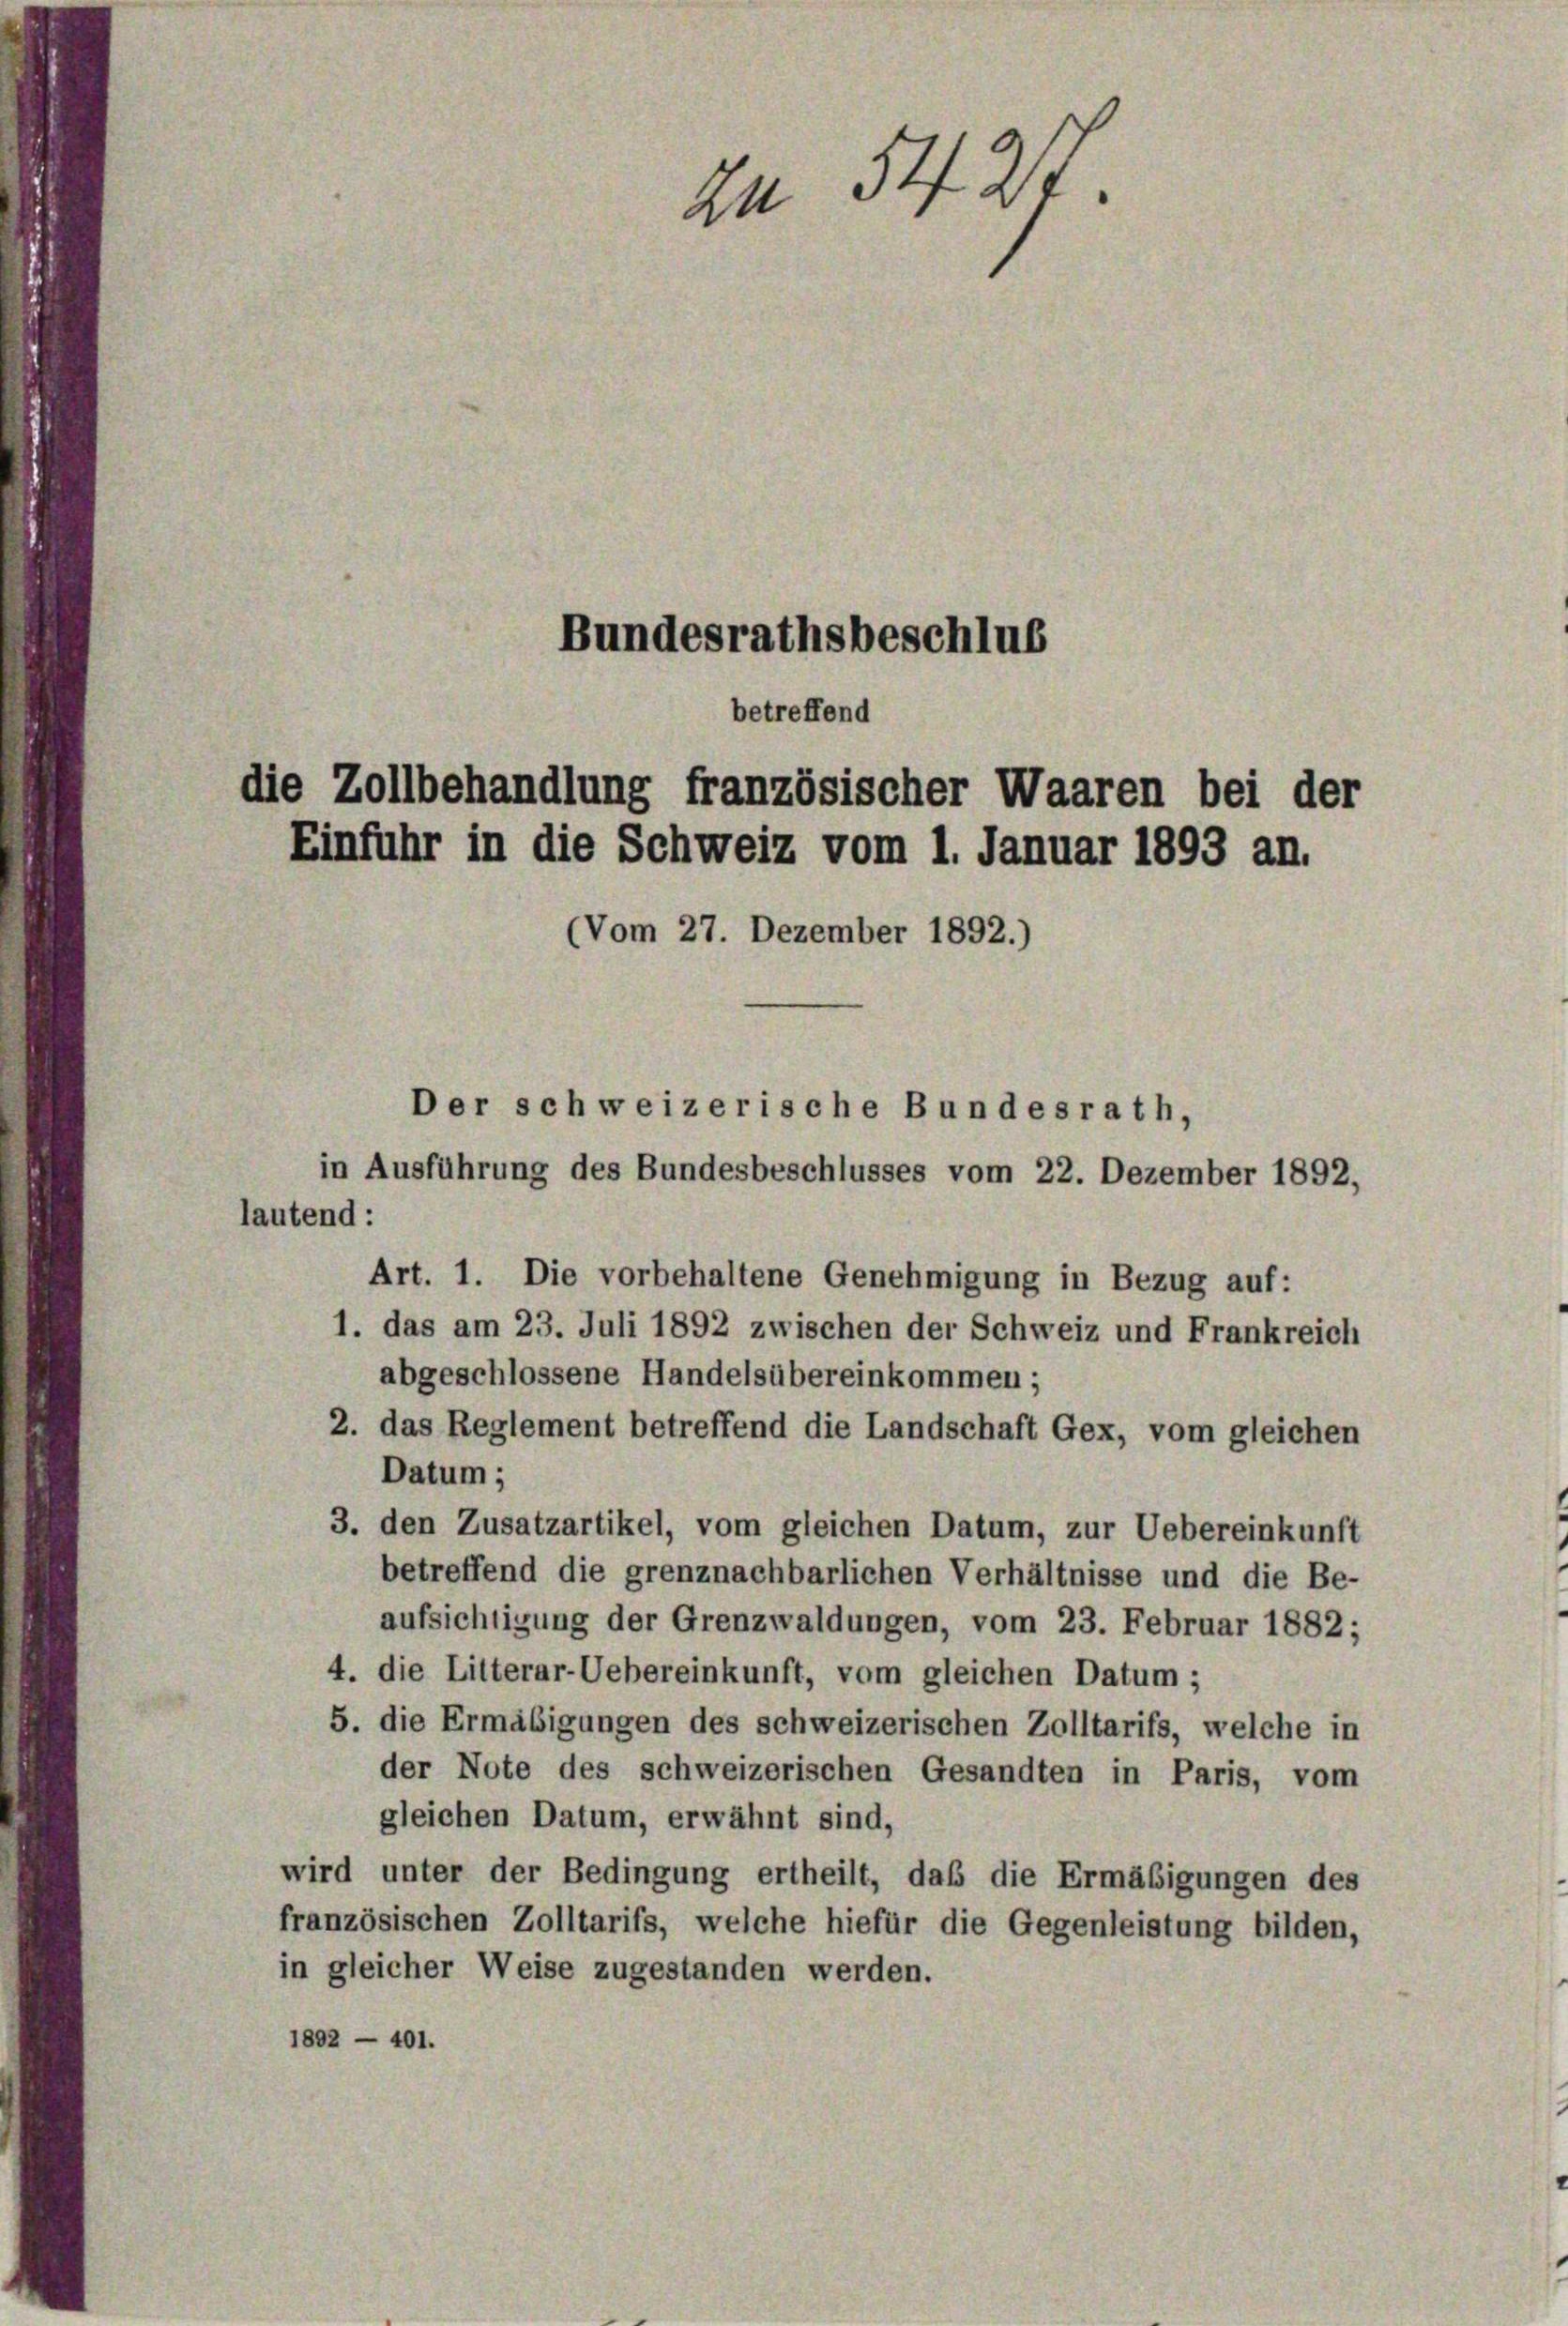
Zn 5424.
Bundesrathsbeschlus

Einfuhr in die Schweiz vom 1. Januar 1893 an.
(Vom 27. Dezember 1892.)

lautend:

Der schweizerische Bundesrath,
in Ausführung des Bundesbeschlusses vom 22. Dezember 1892,
Art. 1. Die vorbehaltene Genehmigung in Bezug auf:
1. das am 23. Juli 1892 zwischen der Schweiz und Frankreich
abgeschlossene Handelsübereinkommen;
2. das Reglement betreffend die Landschaft Gex, vom gleichen
Datum;
3. den Zusatzartikel, vom gleichen Datum, zur Uebereinkunft
betreffend die grenznachbarlichen Verhältnisse und die Be-
aufsichtigung der Grenzwaldungen, vom 23. Februar 1882;
4. die Litterar-Uebereinkunft, vom gleichen Datum;
5. die Ermäßigungen des schweizerischen Zolltarifs, welche in
der Note des schweizerischen Gesandten in Paris, vom
gleichen Datum, erwähnt sind,
wird unter der Bedingung ertheilt, daß die Ermäßigungen des
französischen Zolltarifs, welche hiefür die Gegenleistung bilden,
in gleicher Weise zugestanden werden.
1892 — 401.

betreffend
die Zollbehandlung französischer Waaren bei der